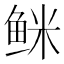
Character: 𲍐